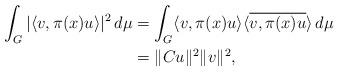
LaTeX: \begin{align*} \int_G \vert \langle v, \pi(x)u \rangle \vert^2\, d\mu & = \int_G \langle v, \pi(x) u \rangle \langle \overline{ v, \pi(x)u } \rangle \, d\mu \\ & = \Vert Cu \Vert^2 \Vert v \Vert^2,\end{align*}